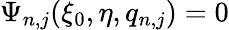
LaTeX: \Psi_{n,j}(\xi_{0},\eta,q_{n,j})=0